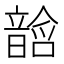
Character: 𱂓